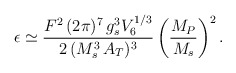
\begin{align*}\epsilon \simeq \frac{F^2\,(2\pi)^7\,g_s^3 V_6^{1/3}}{2\,(M_s^3\,A_T)^3} \left(\frac{M_P}{M_s}\right)^2 .\end{align*}